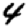
Digit: 4